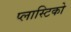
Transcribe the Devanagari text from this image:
प्लास्टिको